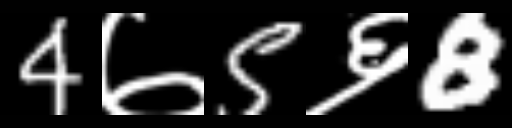
Text: 4७5६8